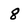
Character: 8